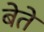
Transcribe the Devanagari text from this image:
बेते